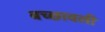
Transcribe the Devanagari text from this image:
बच्छावली